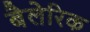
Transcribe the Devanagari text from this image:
बैलेरिक